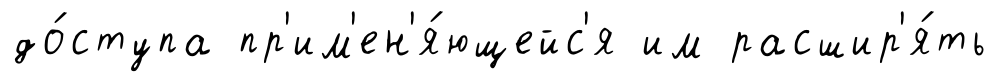
до́ступа пр'им'ен'я́ющейс'я им расшир'я́ть